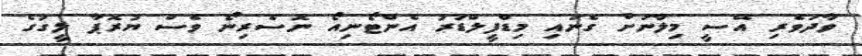
ވާދަވެރި އޭސީ މިލާނަށް ގެނައި މިޑްފީލްޑަރު އެންޓޯނިއޯ ނޮސެރިނޯ ވެސް ޔުރޮޕާ ލީގުގެ